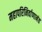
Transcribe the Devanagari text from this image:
महापरिनिर्वाणानंत